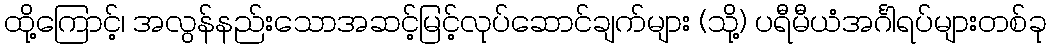
ထို့ကြောင့်၊ အလွန်နည်းသောအဆင့်မြင့်လုပ်ဆောင်ချက်များ (သို့) ပရီမီယံအင်္ဂါရပ်များတစ်ခု